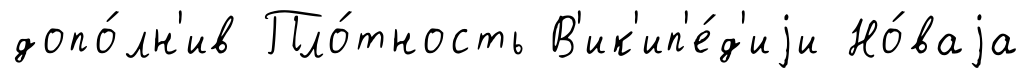
допо́лн'ив Пло́тность В'ик'ип'е́д'иjи Но́ваjа